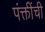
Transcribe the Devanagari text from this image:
पंक्तींची